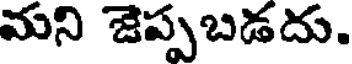
మని జెప్పబడదు.